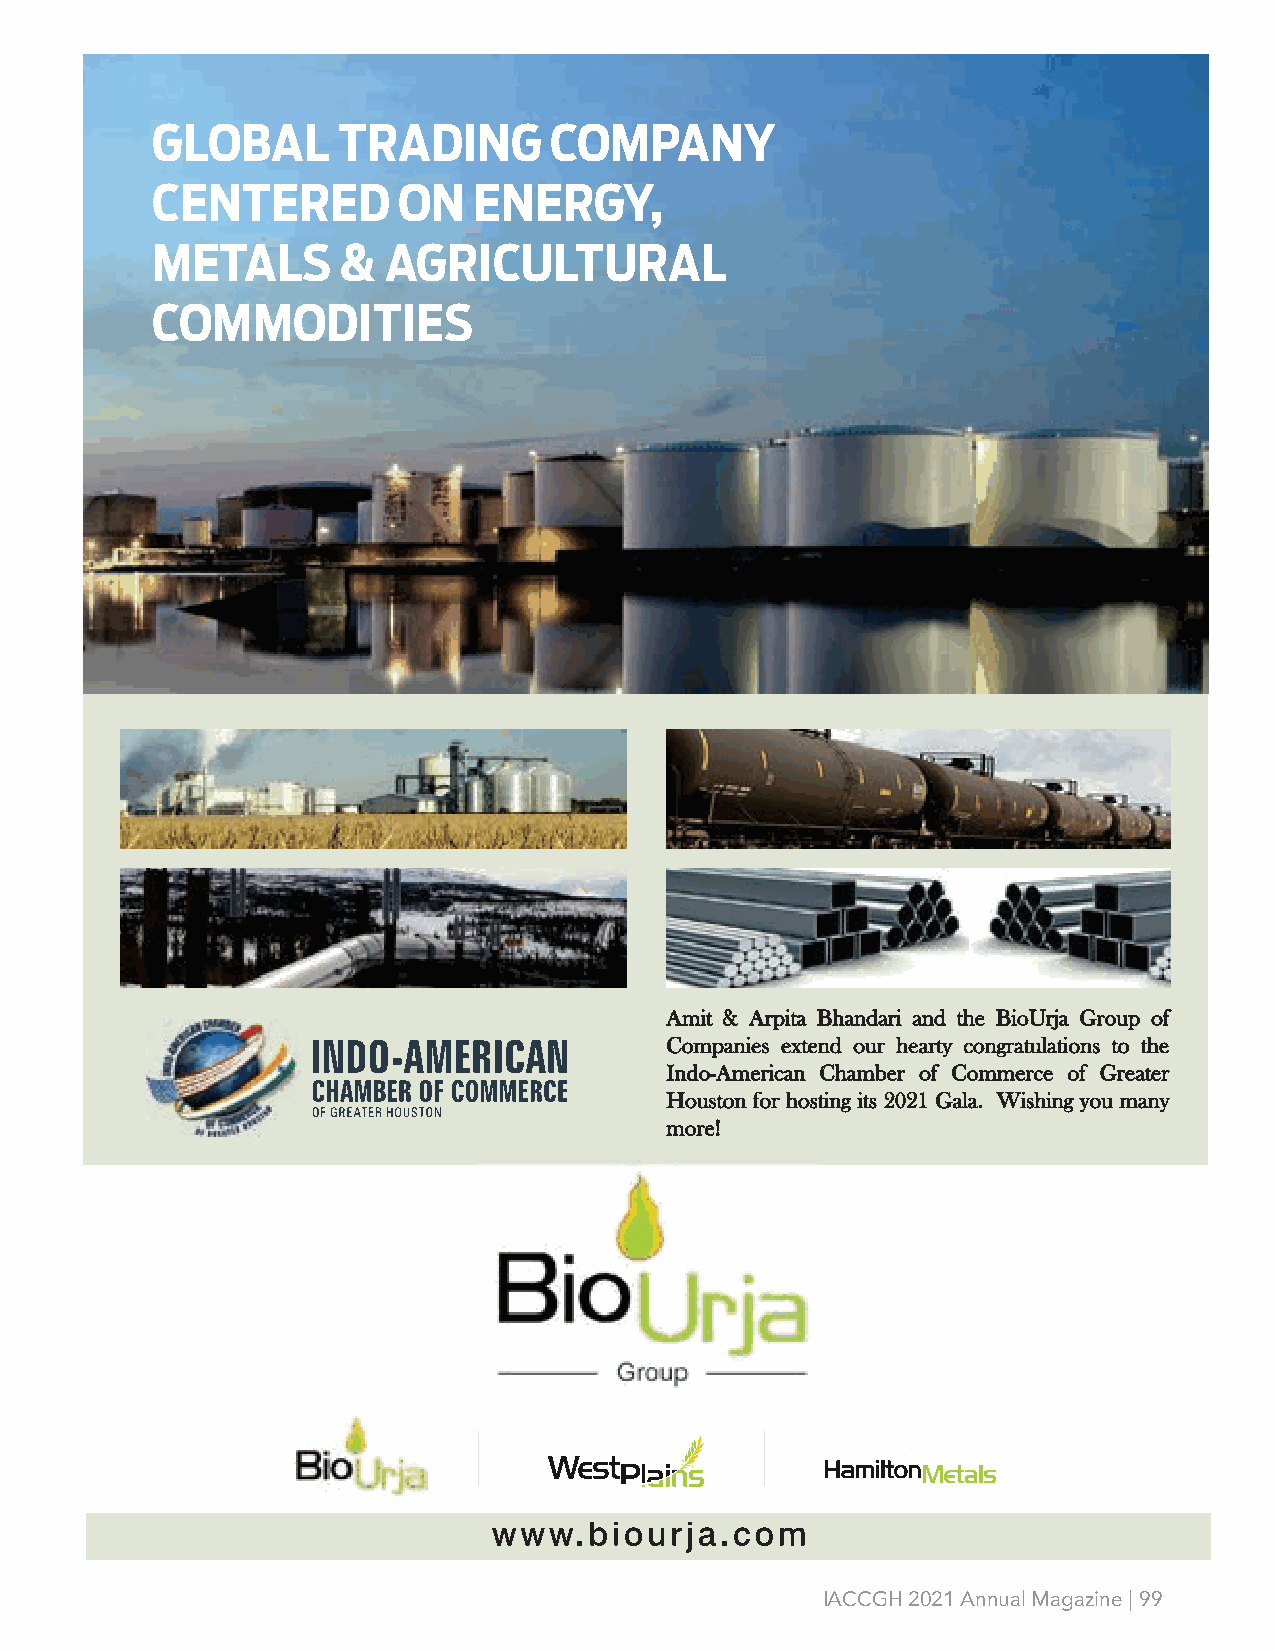
GLOBAL      TRADING       COMPANY
 CENTERED        ON   ENERGY,
 METALS       & AGRICULTURAL
 COMMODITIES
 AAmmiitt && AArrppiittaa BBhhaannddaarrii aanndd tthhee BBiiooUUrrjjaa GGrroouupp ooff
 CCoommppaanniieess eexxtteenndd oouurr hheeaarrttyy ccoonnggrraattuullaattiioonnss ttoo tthhee
 IInnddoo--AAmmeerriiccaann CChhaammbbeerr ooff CCoommmmeerrccee ooff GGrreeaatteerr
 HHoouussttoonn ffoorr hhoossttiinngg iittss 22002211 GGaallaa.. WWiisshhiinngg yyoouu mmaannyy
 mmoorree!!
 IACCGH 2021 Annual Magazine | 99